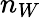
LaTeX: n_{W}